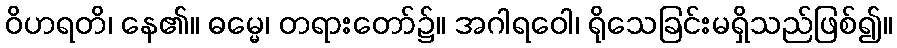
ဝိဟရတိ၊ နေ၏။ ဓမ္မေ၊ တရားတော်၌။ အဂါရဝေါ၊ ရိုသေခြင်းမရှိသည်ဖြစ်၍။